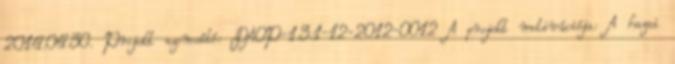
2014.04.30. Projekt azonosító: DAOP-1.3.1-12-2012-0012 A projekt motivációja: A hazai